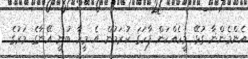
އެންމެންނާ ގުޅޭ މީހެއްކަން ފާހަގަ ކުރަމުން އެ މީހާ ބުނީ އޭނާގެ މަރުގެ